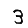
Digit: 3